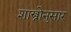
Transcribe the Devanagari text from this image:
शास्त्रोनुसार